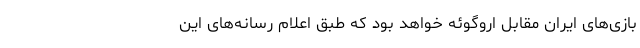
بازی‌های ایران مقابل اروگوئه خواهد بود که طبق اعلام رسانه‌های این